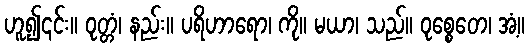
ဟူ၍၎င်း။ ဝုတ္တံ၊ နည်း။ ပရိဟာရော၊ ကို။ မယာ၊ သည်။ ဝုစ္စေတေ၊ အံ့။